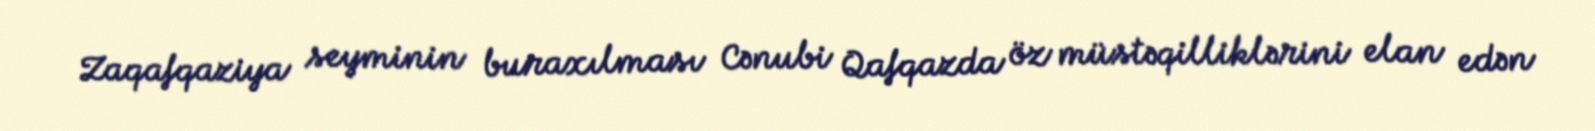
Zaqafqaziya seyminin buraxılması Cənubi Qafqazda öz müstəqilliklərini elan edən